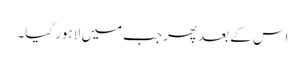
اس کے بعد پھر جب میں لاہور گیا۔